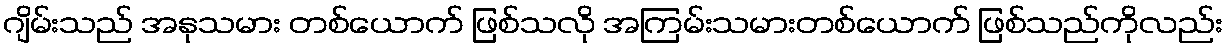
ဂျိမ်းသည် အနုသမား တစ်ယောက် ဖြစ်သလို အကြမ်းသမားတစ်ယောက် ဖြစ်သည်ကိုလည်း